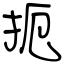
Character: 扼